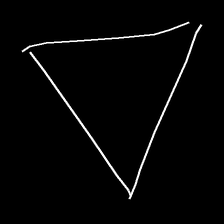
Glyph: convergence